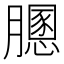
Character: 𦡵